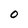
Character: O